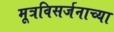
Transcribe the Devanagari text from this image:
मूत्रविसर्जनाच्या